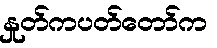
နှုတ်ကပတ်တော်က